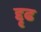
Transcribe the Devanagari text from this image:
द्दृढ